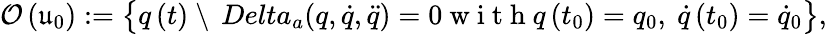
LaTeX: \mathcal{O}\left(\mathfrak{u}_{0}\right):=\big\{ q\left(t\right)\ \backslash\ \, Delta_{a}(q,\dot{q},\ddot{q})=0\mathrm{~w~i~t~h~}q\left(t_{0}\right)=q_{0},\ \dot{q}\left(t_{0}\right)=\dot{q}_{0}\big\} ,